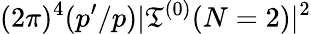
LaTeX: (2\pi)^{4}(p^{\prime}/p)|\mathfrak{T}^{(0)}(N=2)|^{2}